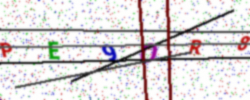
Text: PE9OR8